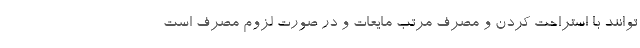
توانند با استراحت کردن و مصرف مرتب مایعات و در صورت لزوم مصرف است